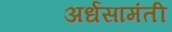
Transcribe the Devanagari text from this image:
अर्धसामंती